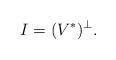
LaTeX: \begin{align*}I = (V^\ast)^\perp.\end{align*}